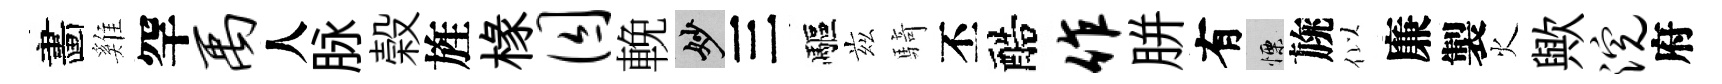
畵雞罕禹人脉榖旌椽囚輓妙三驅兹騎丕醅作胼有慄旐似廉製火歟浣府